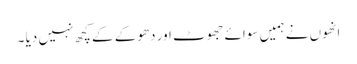
انھوں نے ہمیں سوائے جھوٹ اور دھوکے کے کچھ نہیں دیا ۔